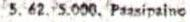
5. 62. 5.000. Paasipaino